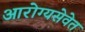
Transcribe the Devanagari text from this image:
आरोग्यसेवेत